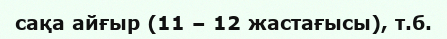
сақа айғыр (11 – 12 жастағысы), т.б.